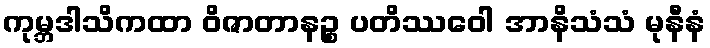
ကုမ္ဘဒါသိကထာ ဝိဇာတာနဉ္စ ပတိဿဝေါ အာနိသံသံ မုနီနံ